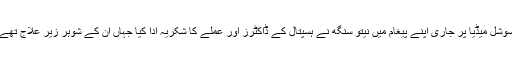
سوشل میڈیا پر جاری اپنے پیغام میں نیتو سنگھ نے ہسپتال کے ڈاکٹرز اور عملے کا شکریہ ادا کیا جہاں ان کے شوہر زیر علاج تھے۔